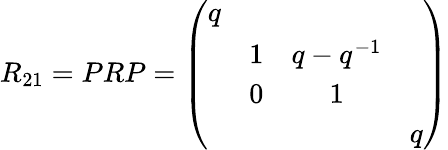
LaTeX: R_{21}=PRP=\left(\begin{array}{cccc}{{q}}&{{}}&{{}}&{{}}\\ {{}}&{{1}}&{{q-q^{-1}}}&{{}}\\ {{}}&{{0}}&{{1}}&{{}}\\ {{}}&{{}}&{{}}&{{q}}\end{array}\right)